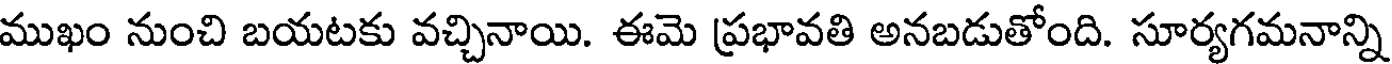
ముఖం నుంచి బయటకు వచ్చినాయి. ఈమె ప్రభావతి అనబడుతోంది. సూర్యగమనాన్ని